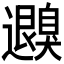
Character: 𦤮